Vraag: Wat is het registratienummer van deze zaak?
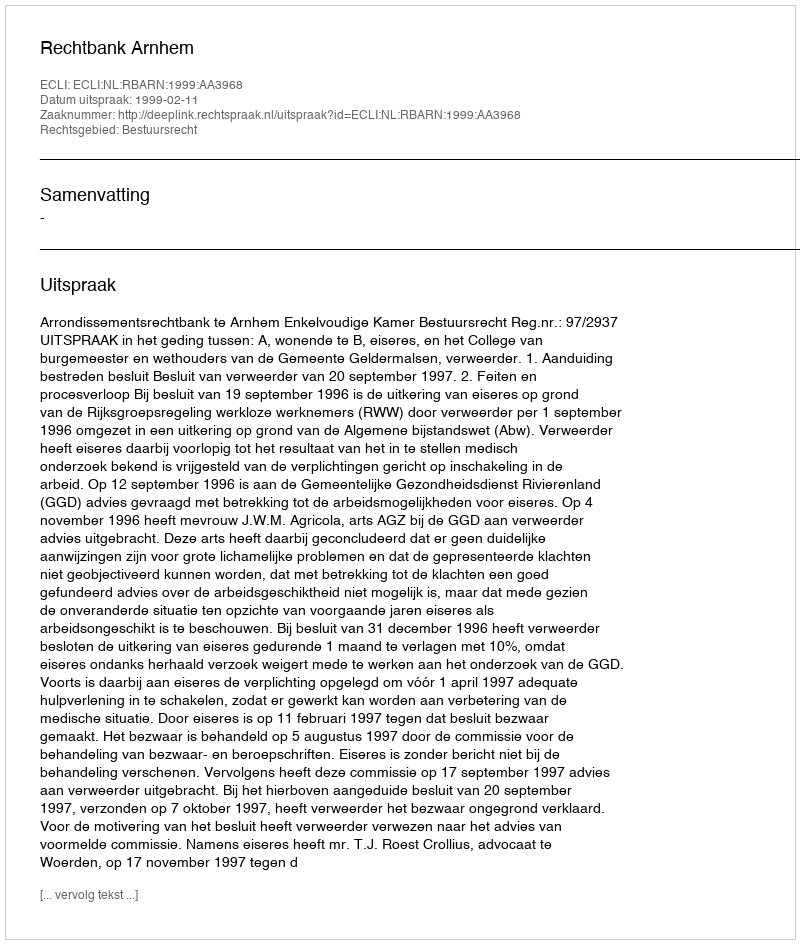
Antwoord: http://deeplink.rechtspraak.nl/uitspraak?id=ECLI:NL:RBARN:1999:AA3968